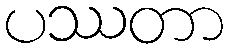
ပဿတာ